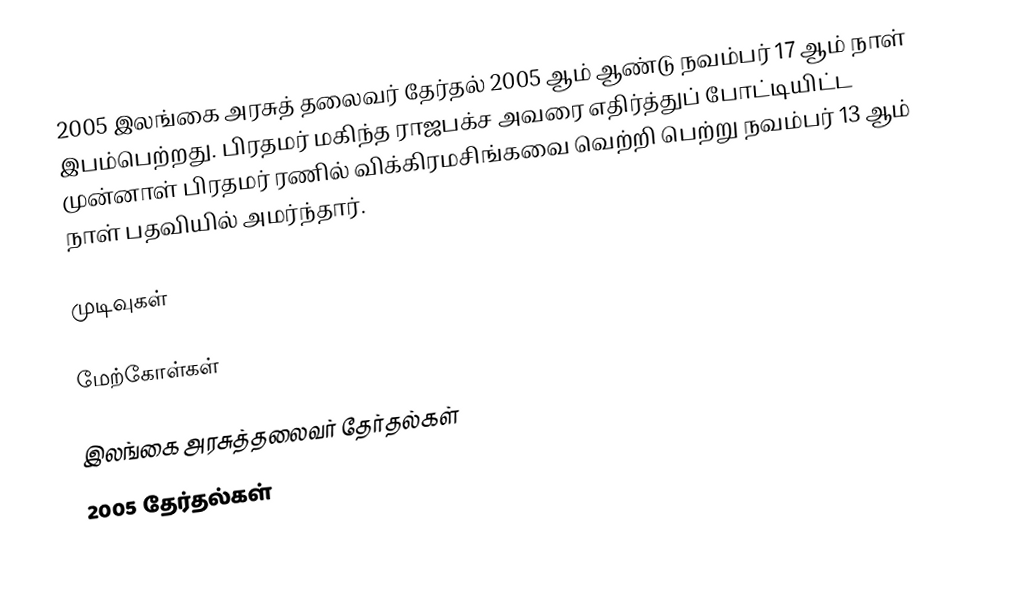
2005 இலங்கை அரசுத் தலைவர் தேர்தல் 2005 ஆம் ஆண்டு நவம்பர் 17 ஆம் நாள் இபம்பெற்றது. பிரதமர் மகிந்த ராஜபக்ச அவரை எதிர்த்துப் போட்டியிட்ட முன்னாள் பிரதமர் ரணில் விக்கிரமசிங்கவை வெற்றி பெற்று நவம்பர் 13 ஆம் நாள் பதவியில் அமர்ந்தார்.

முடிவுகள்

மேற்கோள்கள்

இலங்கை அரசுத்தலைவர் தேர்தல்கள்
2005 தேர்தல்கள்